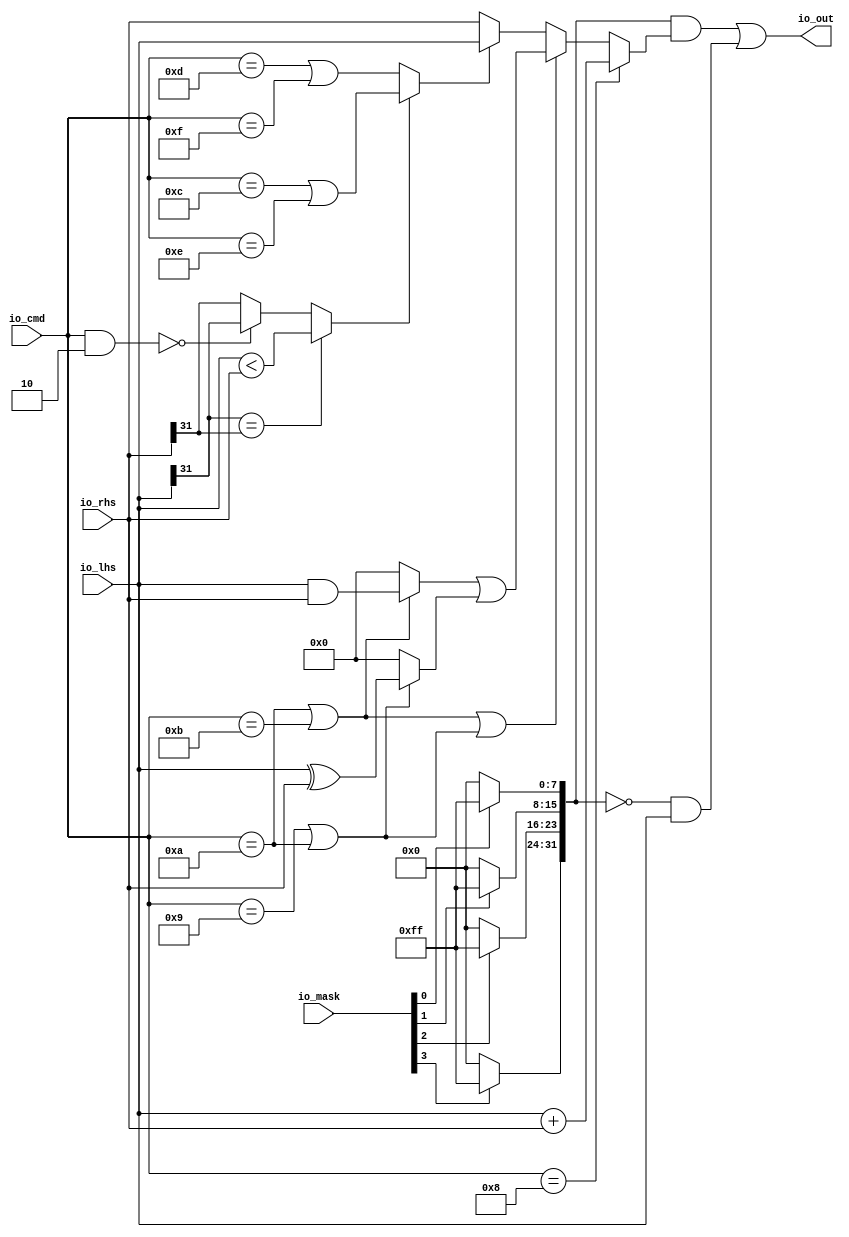
// Copyright (c) 2017, Microsemi Corporation
// All rights reserved.
//
// Redistribution and use in source and binary forms, with or without
// modification, are permitted provided that the following conditions are met:
//     * Redistributions of source code must retain the above copyright
//       notice, this list of conditions and the following disclaimer.
//     * Redistributions in binary form must reproduce the above copyright
//       notice, this list of conditions and the following disclaimer in the
//       documentation and/or other materials provided with the distribution.
//     * Neither the name of the <organization> nor the
//       names of its contributors may be used to endorse or promote products
//       derived from this software without specific prior written permission.
//
// THIS SOFTWARE IS PROVIDED BY THE COPYRIGHT HOLDERS AND CONTRIBUTORS "AS IS" AND
// ANY EXPRESS OR IMPLIED WARRANTIES, INCLUDING, BUT NOT LIMITED TO, THE IMPLIED
// WARRANTIES OF MERCHANTABILITY AND FITNESS FOR A PARTICULAR PURPOSE ARE
// DISCLAIMED. IN NO EVENT SHALL MICROSEMI CORPORATIONM BE LIABLE FOR ANY
// DIRECT, INDIRECT, INCIDENTAL, SPECIAL, EXEMPLARY, OR CONSEQUENTIAL DAMAGES
// (INCLUDING, BUT NOT LIMITED TO, PROCUREMENT OF SUBSTITUTE GOODS OR SERVICES;
// LOSS OF USE, DATA, OR PROFITS; OR BUSINESS INTERRUPTION) HOWEVER CAUSED AND
// ON ANY THEORY OF LIABILITY, WHETHER IN CONTRACT, STRICT LIABILITY, OR TORT
// (INCLUDING NEGLIGENCE OR OTHERWISE) ARISING IN ANY WAY OUT OF THE USE OF THIS
// SOFTWARE, EVEN IF ADVISED OF THE POSSIBILITY OF SUCH DAMAGE.
//
// APACHE LICENSE
// Copyright (c) 2017, Microsemi Corporation 
//
// Licensed under the Apache License, Version 2.0 (the "License");
// you may not use this file except in compliance with the License.
// You may obtain a copy of the License at
//
//    http://www.apache.org/licenses/LICENSE-2.0
//
// Unless required by applicable law or agreed to in writing, software
// distributed under the License is distributed on an "AS IS" BASIS,
// WITHOUT WARRANTIES OR CONDITIONS OF ANY KIND, either express or implied.
// See the License for the specific language governing permissions and
// limitations under the License.
//
// Description:
//
// SVN Revision Information:
// SVN $Revision: $
// SVN $Date: $
//
// Resolved SARs
// SAR      Date     Who   Description
//
// Notes:
//
// ****************************************************************************/
`ifndef RANDOMIZE_REG_INIT 
	 `define RANDOMIZE_REG_INIT 
 `endif
`ifndef RANDOMIZE_MEM_INIT 
	 `define RANDOMIZE_MEM_INIT 
 `endif
`ifndef RANDOMIZE 
	 `define RANDOMIZE 
`endif

`timescale 1ns/10ps
module MIV_RV32IMA_L1_AHB_C0_MIV_RV32IMA_L1_AHB_C0_0_MIV_RV32IMA_L1_AHB_AMOALU( // @[:freechips.rocketchip.system.MivRV32ImaL1AhbConfig.fir@101097.2]
  input  [3:0]  io_mask, // @[:freechips.rocketchip.system.MivRV32ImaL1AhbConfig.fir@101100.4]
  input  [4:0]  io_cmd, // @[:freechips.rocketchip.system.MivRV32ImaL1AhbConfig.fir@101100.4]
  input  [31:0] io_lhs, // @[:freechips.rocketchip.system.MivRV32ImaL1AhbConfig.fir@101100.4]
  input  [31:0] io_rhs, // @[:freechips.rocketchip.system.MivRV32ImaL1AhbConfig.fir@101100.4]
  output [31:0] io_out // @[:freechips.rocketchip.system.MivRV32ImaL1AhbConfig.fir@101100.4]
);
  wire  _T_8; // @[AMOALU.scala 61:20:freechips.rocketchip.system.MivRV32ImaL1AhbConfig.fir@101105.4]
  wire  _T_10; // @[AMOALU.scala 61:43:freechips.rocketchip.system.MivRV32ImaL1AhbConfig.fir@101106.4]
  wire  max; // @[AMOALU.scala 61:33:freechips.rocketchip.system.MivRV32ImaL1AhbConfig.fir@101107.4]
  wire  _T_12; // @[AMOALU.scala 62:20:freechips.rocketchip.system.MivRV32ImaL1AhbConfig.fir@101108.4]
  wire  _T_14; // @[AMOALU.scala 62:43:freechips.rocketchip.system.MivRV32ImaL1AhbConfig.fir@101109.4]
  wire  min; // @[AMOALU.scala 62:33:freechips.rocketchip.system.MivRV32ImaL1AhbConfig.fir@101110.4]
  wire  add; // @[AMOALU.scala 63:20:freechips.rocketchip.system.MivRV32ImaL1AhbConfig.fir@101111.4]
  wire  _T_17; // @[AMOALU.scala 64:26:freechips.rocketchip.system.MivRV32ImaL1AhbConfig.fir@101112.4]
  wire  _T_19; // @[AMOALU.scala 64:48:freechips.rocketchip.system.MivRV32ImaL1AhbConfig.fir@101113.4]
  wire  logic_and; // @[AMOALU.scala 64:38:freechips.rocketchip.system.MivRV32ImaL1AhbConfig.fir@101114.4]
  wire  _T_21; // @[AMOALU.scala 65:26:freechips.rocketchip.system.MivRV32ImaL1AhbConfig.fir@101115.4]
  wire  logic_xor; // @[AMOALU.scala 65:39:freechips.rocketchip.system.MivRV32ImaL1AhbConfig.fir@101117.4]
  wire [32:0] _T_24; // @[AMOALU.scala 68:35:freechips.rocketchip.system.MivRV32ImaL1AhbConfig.fir@101118.4]
  wire [31:0] adder_out; // @[AMOALU.scala 68:35:freechips.rocketchip.system.MivRV32ImaL1AhbConfig.fir@101119.4]
  wire [4:0] _T_28; // @[AMOALU.scala 77:15:freechips.rocketchip.system.MivRV32ImaL1AhbConfig.fir@101121.4]
  wire  _T_31; // @[AMOALU.scala 77:23:freechips.rocketchip.system.MivRV32ImaL1AhbConfig.fir@101123.4]
  wire  _T_32; // @[AMOALU.scala 81:17:freechips.rocketchip.system.MivRV32ImaL1AhbConfig.fir@101124.4]
  wire  _T_33; // @[AMOALU.scala 81:32:freechips.rocketchip.system.MivRV32ImaL1AhbConfig.fir@101125.4]
  wire  _T_34; // @[AMOALU.scala 81:22:freechips.rocketchip.system.MivRV32ImaL1AhbConfig.fir@101126.4]
  wire  _T_35; // @[AMOALU.scala 81:45:freechips.rocketchip.system.MivRV32ImaL1AhbConfig.fir@101127.4]
  wire  _T_38; // @[AMOALU.scala 81:58:freechips.rocketchip.system.MivRV32ImaL1AhbConfig.fir@101130.4]
  wire  less; // @[AMOALU.scala 81:10:freechips.rocketchip.system.MivRV32ImaL1AhbConfig.fir@101131.4]
  wire  _T_39; // @[AMOALU.scala 95:23:freechips.rocketchip.system.MivRV32ImaL1AhbConfig.fir@101132.4]
  wire [31:0] minmax; // @[AMOALU.scala 95:19:freechips.rocketchip.system.MivRV32ImaL1AhbConfig.fir@101133.4]
  wire [31:0] _T_40; // @[AMOALU.scala 97:27:freechips.rocketchip.system.MivRV32ImaL1AhbConfig.fir@101134.4]
  wire [31:0] _T_42; // @[AMOALU.scala 97:8:freechips.rocketchip.system.MivRV32ImaL1AhbConfig.fir@101135.4]
  wire [31:0] _T_43; // @[AMOALU.scala 98:27:freechips.rocketchip.system.MivRV32ImaL1AhbConfig.fir@101136.4]
  wire [31:0] _T_45; // @[AMOALU.scala 98:8:freechips.rocketchip.system.MivRV32ImaL1AhbConfig.fir@101137.4]
  wire [31:0] logic$; // @[AMOALU.scala 97:42:freechips.rocketchip.system.MivRV32ImaL1AhbConfig.fir@101138.4]
  wire  _T_46; // @[AMOALU.scala 101:19:freechips.rocketchip.system.MivRV32ImaL1AhbConfig.fir@101139.4]
  wire [31:0] _T_47; // @[AMOALU.scala 101:8:freechips.rocketchip.system.MivRV32ImaL1AhbConfig.fir@101140.4]
  wire [31:0] out; // @[AMOALU.scala 100:8:freechips.rocketchip.system.MivRV32ImaL1AhbConfig.fir@101141.4]
  wire  _T_48; // @[Bitwise.scala 27:51:freechips.rocketchip.system.MivRV32ImaL1AhbConfig.fir@101142.4]
  wire  _T_49; // @[Bitwise.scala 27:51:freechips.rocketchip.system.MivRV32ImaL1AhbConfig.fir@101143.4]
  wire  _T_50; // @[Bitwise.scala 27:51:freechips.rocketchip.system.MivRV32ImaL1AhbConfig.fir@101144.4]
  wire  _T_51; // @[Bitwise.scala 27:51:freechips.rocketchip.system.MivRV32ImaL1AhbConfig.fir@101145.4]
  wire [7:0] _T_55; // @[Bitwise.scala 72:12:freechips.rocketchip.system.MivRV32ImaL1AhbConfig.fir@101147.4]
  wire [7:0] _T_59; // @[Bitwise.scala 72:12:freechips.rocketchip.system.MivRV32ImaL1AhbConfig.fir@101149.4]
  wire [7:0] _T_63; // @[Bitwise.scala 72:12:freechips.rocketchip.system.MivRV32ImaL1AhbConfig.fir@101151.4]
  wire [7:0] _T_67; // @[Bitwise.scala 72:12:freechips.rocketchip.system.MivRV32ImaL1AhbConfig.fir@101153.4]
  wire [15:0] _T_68; // @[Cat.scala 30:58:freechips.rocketchip.system.MivRV32ImaL1AhbConfig.fir@101154.4]
  wire [15:0] _T_69; // @[Cat.scala 30:58:freechips.rocketchip.system.MivRV32ImaL1AhbConfig.fir@101155.4]
  wire [31:0] wmask; // @[Cat.scala 30:58:freechips.rocketchip.system.MivRV32ImaL1AhbConfig.fir@101156.4]
  wire [31:0] _T_70; // @[AMOALU.scala 105:19:freechips.rocketchip.system.MivRV32ImaL1AhbConfig.fir@101157.4]
  wire [31:0] _T_71; // @[AMOALU.scala 105:27:freechips.rocketchip.system.MivRV32ImaL1AhbConfig.fir@101158.4]
  wire [31:0] _T_72; // @[AMOALU.scala 105:34:freechips.rocketchip.system.MivRV32ImaL1AhbConfig.fir@101159.4]
  wire [31:0] _T_73; // @[AMOALU.scala 105:25:freechips.rocketchip.system.MivRV32ImaL1AhbConfig.fir@101160.4]
  assign _T_8 = io_cmd == 5'hd; // @[AMOALU.scala 61:20:freechips.rocketchip.system.MivRV32ImaL1AhbConfig.fir@101105.4]
  assign _T_10 = io_cmd == 5'hf; // @[AMOALU.scala 61:43:freechips.rocketchip.system.MivRV32ImaL1AhbConfig.fir@101106.4]
  assign max = _T_8 | _T_10; // @[AMOALU.scala 61:33:freechips.rocketchip.system.MivRV32ImaL1AhbConfig.fir@101107.4]
  assign _T_12 = io_cmd == 5'hc; // @[AMOALU.scala 62:20:freechips.rocketchip.system.MivRV32ImaL1AhbConfig.fir@101108.4]
  assign _T_14 = io_cmd == 5'he; // @[AMOALU.scala 62:43:freechips.rocketchip.system.MivRV32ImaL1AhbConfig.fir@101109.4]
  assign min = _T_12 | _T_14; // @[AMOALU.scala 62:33:freechips.rocketchip.system.MivRV32ImaL1AhbConfig.fir@101110.4]
  assign add = io_cmd == 5'h8; // @[AMOALU.scala 63:20:freechips.rocketchip.system.MivRV32ImaL1AhbConfig.fir@101111.4]
  assign _T_17 = io_cmd == 5'ha; // @[AMOALU.scala 64:26:freechips.rocketchip.system.MivRV32ImaL1AhbConfig.fir@101112.4]
  assign _T_19 = io_cmd == 5'hb; // @[AMOALU.scala 64:48:freechips.rocketchip.system.MivRV32ImaL1AhbConfig.fir@101113.4]
  assign logic_and = _T_17 | _T_19; // @[AMOALU.scala 64:38:freechips.rocketchip.system.MivRV32ImaL1AhbConfig.fir@101114.4]
  assign _T_21 = io_cmd == 5'h9; // @[AMOALU.scala 65:26:freechips.rocketchip.system.MivRV32ImaL1AhbConfig.fir@101115.4]
  assign logic_xor = _T_21 | _T_17; // @[AMOALU.scala 65:39:freechips.rocketchip.system.MivRV32ImaL1AhbConfig.fir@101117.4]
  assign _T_24 = io_lhs + io_rhs; // @[AMOALU.scala 68:35:freechips.rocketchip.system.MivRV32ImaL1AhbConfig.fir@101118.4]
  assign adder_out = _T_24[31:0]; // @[AMOALU.scala 68:35:freechips.rocketchip.system.MivRV32ImaL1AhbConfig.fir@101119.4]
  assign _T_28 = io_cmd & 5'h2; // @[AMOALU.scala 77:15:freechips.rocketchip.system.MivRV32ImaL1AhbConfig.fir@101121.4]
  assign _T_31 = _T_28 == 5'h0; // @[AMOALU.scala 77:23:freechips.rocketchip.system.MivRV32ImaL1AhbConfig.fir@101123.4]
  assign _T_32 = io_lhs[31]; // @[AMOALU.scala 81:17:freechips.rocketchip.system.MivRV32ImaL1AhbConfig.fir@101124.4]
  assign _T_33 = io_rhs[31]; // @[AMOALU.scala 81:32:freechips.rocketchip.system.MivRV32ImaL1AhbConfig.fir@101125.4]
  assign _T_34 = _T_32 == _T_33; // @[AMOALU.scala 81:22:freechips.rocketchip.system.MivRV32ImaL1AhbConfig.fir@101126.4]
  assign _T_35 = io_lhs < io_rhs; // @[AMOALU.scala 81:45:freechips.rocketchip.system.MivRV32ImaL1AhbConfig.fir@101127.4]
  assign _T_38 = _T_31 ? _T_32 : _T_33; // @[AMOALU.scala 81:58:freechips.rocketchip.system.MivRV32ImaL1AhbConfig.fir@101130.4]
  assign less = _T_34 ? _T_35 : _T_38; // @[AMOALU.scala 81:10:freechips.rocketchip.system.MivRV32ImaL1AhbConfig.fir@101131.4]
  assign _T_39 = less ? min : max; // @[AMOALU.scala 95:23:freechips.rocketchip.system.MivRV32ImaL1AhbConfig.fir@101132.4]
  assign minmax = _T_39 ? io_lhs : io_rhs; // @[AMOALU.scala 95:19:freechips.rocketchip.system.MivRV32ImaL1AhbConfig.fir@101133.4]
  assign _T_40 = io_lhs & io_rhs; // @[AMOALU.scala 97:27:freechips.rocketchip.system.MivRV32ImaL1AhbConfig.fir@101134.4]
  assign _T_42 = logic_and ? _T_40 : 32'h0; // @[AMOALU.scala 97:8:freechips.rocketchip.system.MivRV32ImaL1AhbConfig.fir@101135.4]
  assign _T_43 = io_lhs ^ io_rhs; // @[AMOALU.scala 98:27:freechips.rocketchip.system.MivRV32ImaL1AhbConfig.fir@101136.4]
  assign _T_45 = logic_xor ? _T_43 : 32'h0; // @[AMOALU.scala 98:8:freechips.rocketchip.system.MivRV32ImaL1AhbConfig.fir@101137.4]
  assign logic$ = _T_42 | _T_45; // @[AMOALU.scala 97:42:freechips.rocketchip.system.MivRV32ImaL1AhbConfig.fir@101138.4]
  assign _T_46 = logic_and | logic_xor; // @[AMOALU.scala 101:19:freechips.rocketchip.system.MivRV32ImaL1AhbConfig.fir@101139.4]
  assign _T_47 = _T_46 ? logic$ : minmax; // @[AMOALU.scala 101:8:freechips.rocketchip.system.MivRV32ImaL1AhbConfig.fir@101140.4]
  assign out = add ? adder_out : _T_47; // @[AMOALU.scala 100:8:freechips.rocketchip.system.MivRV32ImaL1AhbConfig.fir@101141.4]
  assign _T_48 = io_mask[0]; // @[Bitwise.scala 27:51:freechips.rocketchip.system.MivRV32ImaL1AhbConfig.fir@101142.4]
  assign _T_49 = io_mask[1]; // @[Bitwise.scala 27:51:freechips.rocketchip.system.MivRV32ImaL1AhbConfig.fir@101143.4]
  assign _T_50 = io_mask[2]; // @[Bitwise.scala 27:51:freechips.rocketchip.system.MivRV32ImaL1AhbConfig.fir@101144.4]
  assign _T_51 = io_mask[3]; // @[Bitwise.scala 27:51:freechips.rocketchip.system.MivRV32ImaL1AhbConfig.fir@101145.4]
  assign _T_55 = _T_48 ? 8'hff : 8'h0; // @[Bitwise.scala 72:12:freechips.rocketchip.system.MivRV32ImaL1AhbConfig.fir@101147.4]
  assign _T_59 = _T_49 ? 8'hff : 8'h0; // @[Bitwise.scala 72:12:freechips.rocketchip.system.MivRV32ImaL1AhbConfig.fir@101149.4]
  assign _T_63 = _T_50 ? 8'hff : 8'h0; // @[Bitwise.scala 72:12:freechips.rocketchip.system.MivRV32ImaL1AhbConfig.fir@101151.4]
  assign _T_67 = _T_51 ? 8'hff : 8'h0; // @[Bitwise.scala 72:12:freechips.rocketchip.system.MivRV32ImaL1AhbConfig.fir@101153.4]
  assign _T_68 = {_T_59,_T_55}; // @[Cat.scala 30:58:freechips.rocketchip.system.MivRV32ImaL1AhbConfig.fir@101154.4]
  assign _T_69 = {_T_67,_T_63}; // @[Cat.scala 30:58:freechips.rocketchip.system.MivRV32ImaL1AhbConfig.fir@101155.4]
  assign wmask = {_T_69,_T_68}; // @[Cat.scala 30:58:freechips.rocketchip.system.MivRV32ImaL1AhbConfig.fir@101156.4]
  assign _T_70 = wmask & out; // @[AMOALU.scala 105:19:freechips.rocketchip.system.MivRV32ImaL1AhbConfig.fir@101157.4]
  assign _T_71 = ~ wmask; // @[AMOALU.scala 105:27:freechips.rocketchip.system.MivRV32ImaL1AhbConfig.fir@101158.4]
  assign _T_72 = _T_71 & io_lhs; // @[AMOALU.scala 105:34:freechips.rocketchip.system.MivRV32ImaL1AhbConfig.fir@101159.4]
  assign _T_73 = _T_70 | _T_72; // @[AMOALU.scala 105:25:freechips.rocketchip.system.MivRV32ImaL1AhbConfig.fir@101160.4]
  assign io_out = _T_73;
endmodule